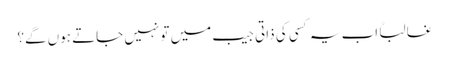
غالباً اب یہ کسی کی ذاتی جیب میں تو نہیں جاتے ہوں گے؟